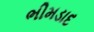
ભીમડાદ